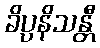
ခိပ္ပနိသန္တီ